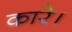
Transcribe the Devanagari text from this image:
कारे।